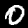
Digit: 0